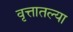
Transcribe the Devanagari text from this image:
वृत्तातल्या